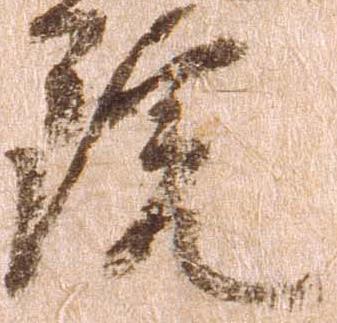
院